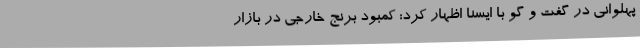
پهلوانی در گفت و گو با ایسنا اظهار کرد: کمبود برنج خارجی در بازار